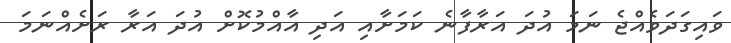
ވައިގަދަވެއްޖެ ނަމަ އުދަ އަރާފާނެ ކަމަށާއި އަދި އާއްމުކޮށް އުދަ އަރާ ރަށެއްނަަމަ